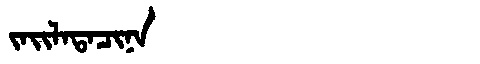
Manchu: ᠵᠠᡳᠯᠠᡨᠠᠴᡳᠨᠠ
Romanization: JAILATACINA